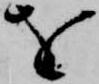
を